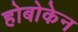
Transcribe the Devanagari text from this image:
होबोकेन